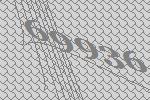
69936